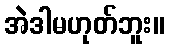
အဲဒါမဟုတ်ဘူး။